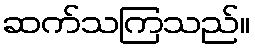
ဆက်သကြသည်။